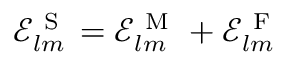
\mathcal { E } _ { l m } ^ { \mathrm { ~ S ~ } } = \mathcal { E } _ { l m } ^ { \mathrm { ~ M ~ } } + \mathcal { E } _ { l m } ^ { \mathrm { ~ F ~ } }